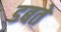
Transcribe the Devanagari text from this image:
डबते